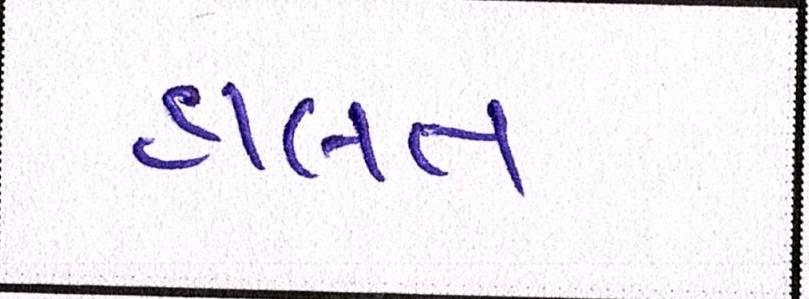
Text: હાલત